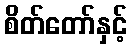
စိတ်တော်နှင့်